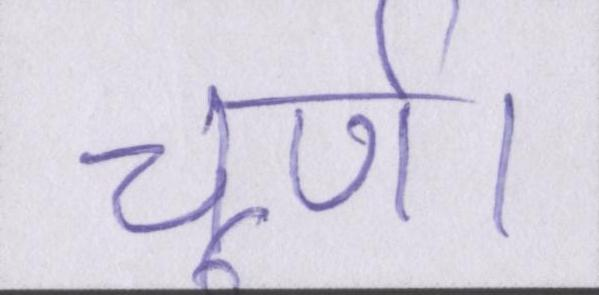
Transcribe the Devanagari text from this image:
चूर्ण।